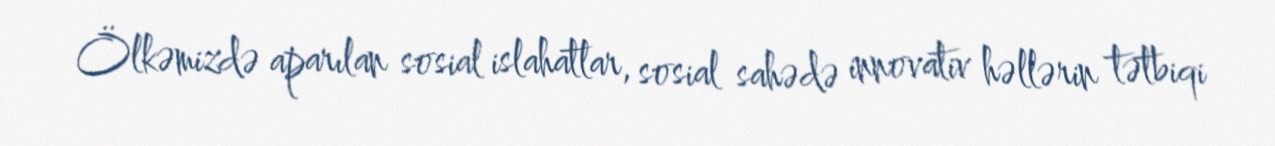
Ölkəmizdə aparılan sosial islahatlar, sosial sahədə innovativ həllərin tətbiqi